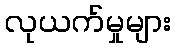
လုယက်မှုများ